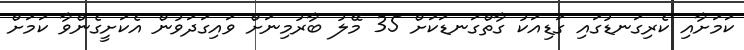
ކަމަށާއި ކެރިގަނޑުގައި ގަޑިއަކު ގާތްގަނޑަކަށް 35 މޭލު ބާރުމިނަށް ވައިގަދަވުން އެކަށީގެންވާ ކަމަށް